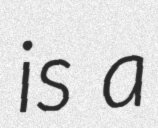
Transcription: is a